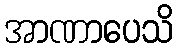
အာဏာပေသိ